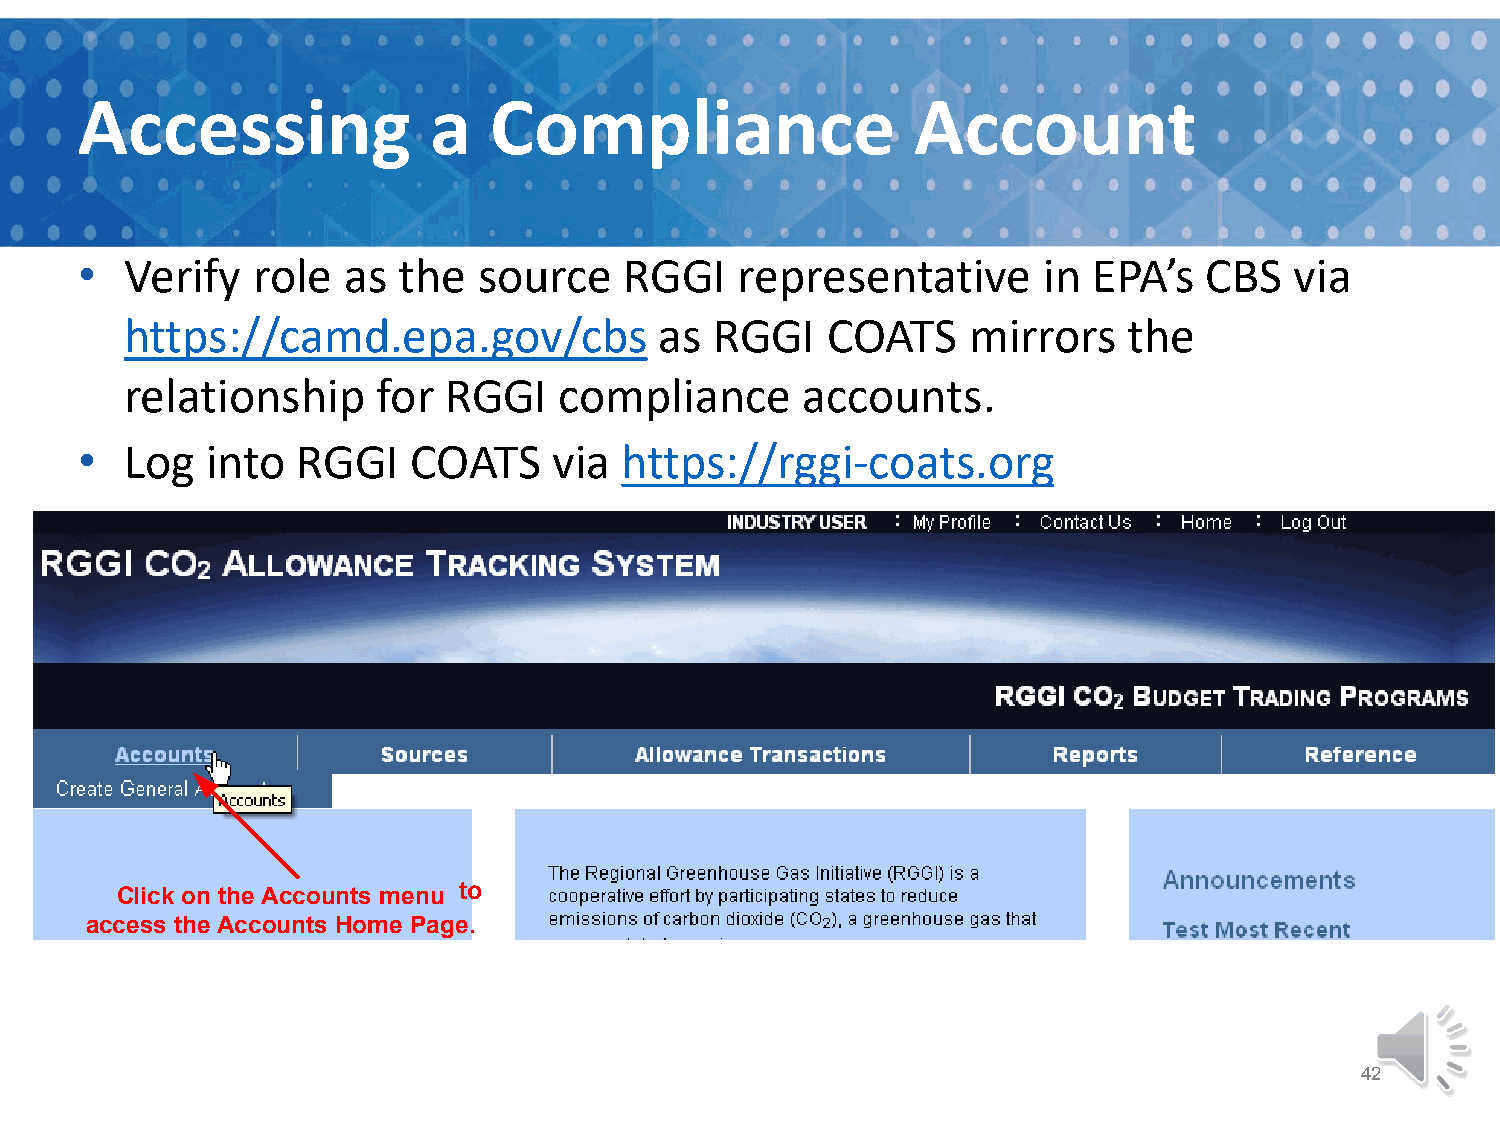
Accessing              a   Compliance                   Account
 •  Verify   role  as the   source   RGGI    representative      in EPA’s   CBS   via
 https://camd.epa.gov/cbs            as RGGI    COATS    mirrors    the
 relationship     for RGGI    compliance      accounts.
 •  Log   into  RGGI   COATS     via https://rggi-coats.org
 Click on the Accounts menu to
 access the Accounts Home Page.
 42